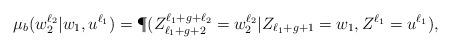
LaTeX: \begin{align*} \mu_b(w_2^{\ell_2}|w_1,u^{\ell_1})=\P(Z_{\ell_1+g+2}^{\ell_1+g+\ell_2}=w_2^{\ell_2}|Z_{\ell_1+g+1}=w_1,Z^{\ell_1}=u^{\ell_1}), \end{align*}